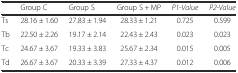
<table><thead><tr><td>[EMPTY_CELL]</td><td><b>Group C</b></td><td><b>Group S</b></td><td><b>Group S + MP</b></td><td><b><i>P1</i>-<i>Value</i></b></td><td><b><i>P2</i>-<i>Value</i></b></td></tr></thead><tbody><tr><td>Ts</td><td>28.16 ± 1.60</td><td>27.83 ± 1.94</td><td>28.33 ± 1.21</td><td>0.725</td><td>0.599</td></tr><tr><td>Tb</td><td>22.50 ± 2.26</td><td>19.17 ± 2.14</td><td>22.43 ± 2.43</td><td>0.023</td><td>0.023</td></tr><tr><td>Tc</td><td>24.67 ± 3.67</td><td>19.33 ± 3.83</td><td>25.67 ± 2.34</td><td>0.015</td><td>0.005</td></tr><tr><td>Td</td><td>26.67 ± 3.67</td><td>20.33 ± 3.39</td><td>27.33 ± 4.37</td><td>0.012</td><td>0.006</td></tr></tbody></table>